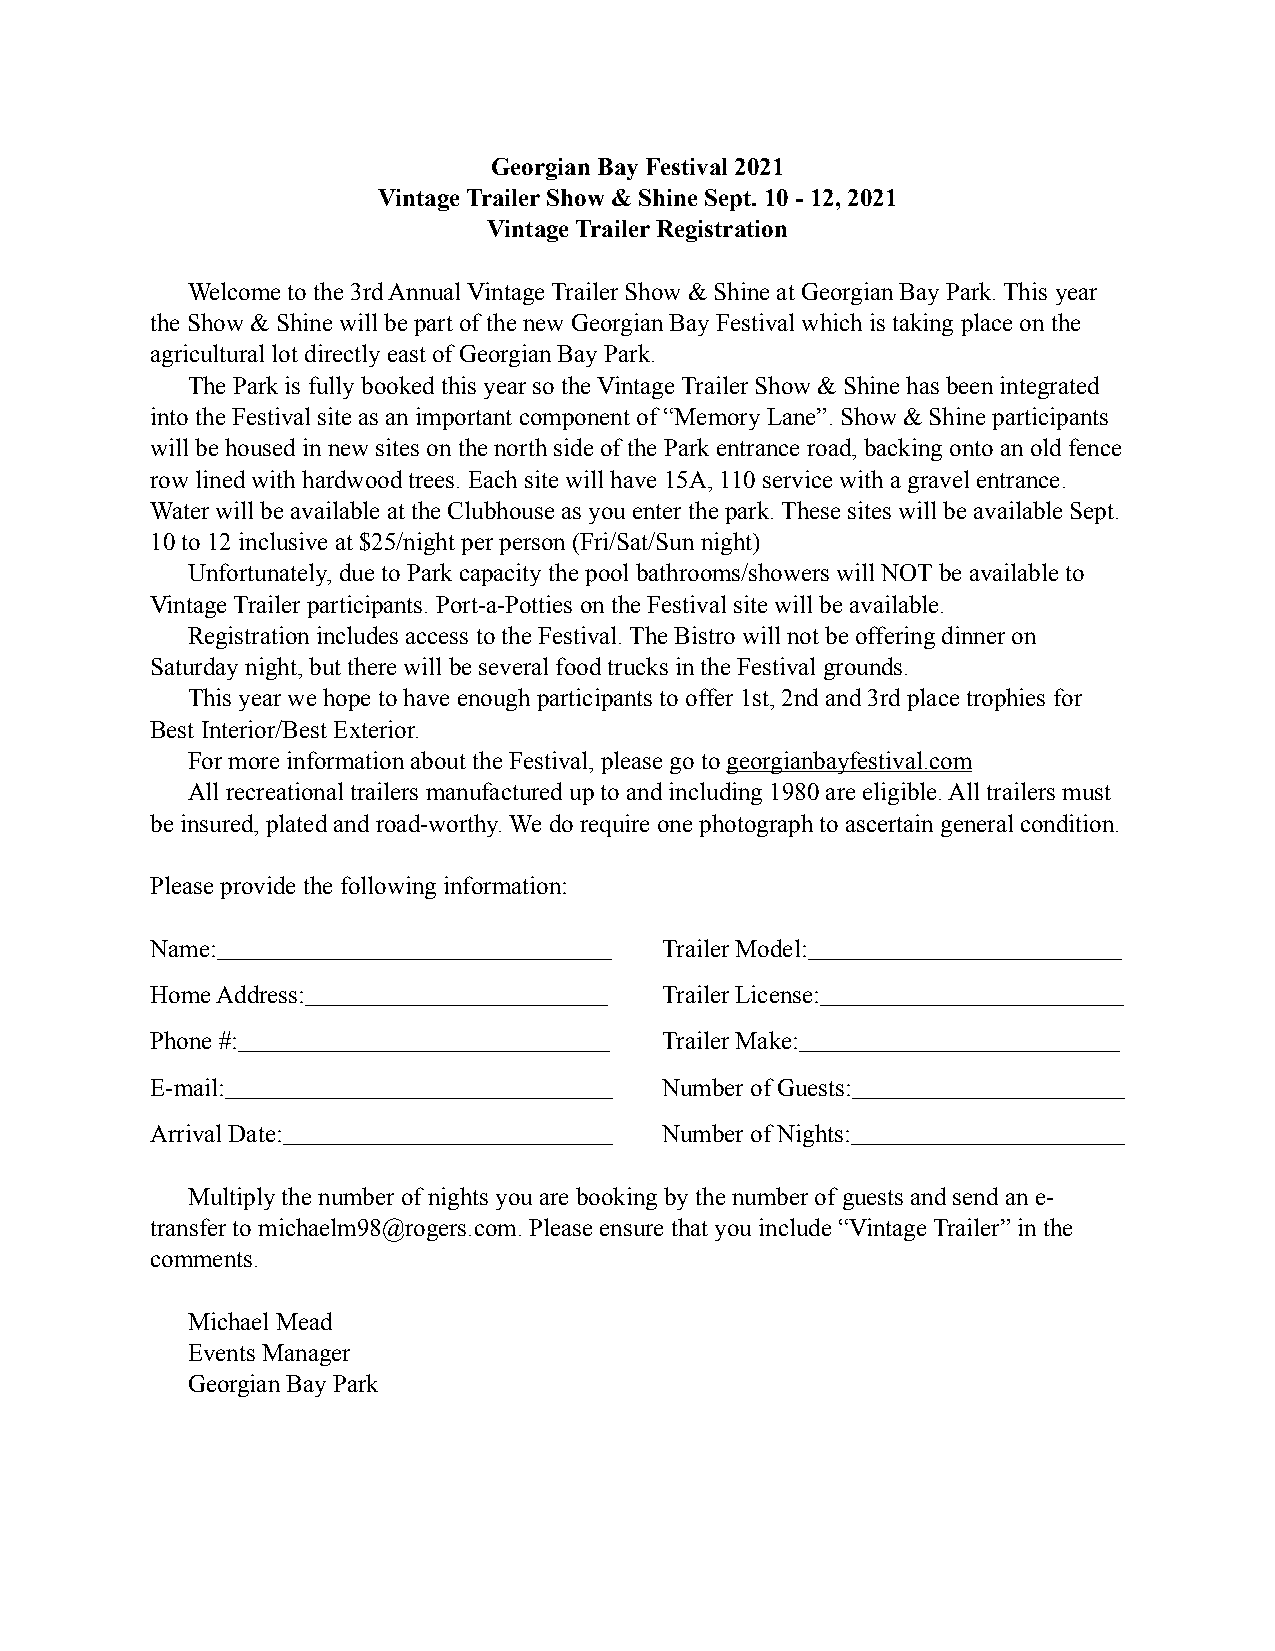
Georgian Bay Festival 2021
 Vintage Trailer Show & Shine Sept. 10 - 12, 2021
 Vintage Trailer Registration
 Welcome to the 3rd Annual Vintage Trailer Show & Shine at Georgian Bay Park. This year
 the Show & Shine will be part of the new Georgian Bay Festival which is taking place on the
 agricultural lot directly east of Georgian Bay Park.
 The Park is fully booked this year so the Vintage Trailer Show & Shine has been integrated
 into the Festival site as an important component of “Memory Lane”. Show & Shine participants
 will be housed in new sites on the north side of the Park entrance road, backing onto an old fence
 row lined with hardwood trees. Each site will have 15A, 110 service with a gravel entrance.
 Water will be available at the Clubhouse as you enter the park. These sites will be available Sept.
 10 to 12 inclusive at $25/night per person (Fri/Sat/Sun night)
 Unfortunately, due to Park capacity the pool bathrooms/showers will NOT be available to
 Vintage Trailer participants. Port-a-Potties on the Festival site will be available.
 Registration includes access to the Festival. The Bistro will not be offering dinner on
 Saturday night, but there will be several food trucks in the Festival grounds.
 This year we hope to have enough participants to offer 1st, 2nd and 3rd place trophies for
 Best Interior/Best Exterior.
 For more information about the Festival, please go to georgianbayfestival.com
 All recreational trailers manufactured up to and including 1980 are eligible. All trailers must
 be insured, plated and road-worthy. We do require one photograph to ascertain general condition.
 Please provide the following information:
 Name:                             Trailer Model:
 Home Address:                     Trailer License:
 Phone #:                          Trailer Make:
 E-mail:                           Number of Guests:
 Arrival Date:                     Number of Nights:
 Multiply the number of nights you are booking by the number of guests and send an e-
 transfer to michaelm98@rogers.com. Please ensure that you include “Vintage Trailer” in the
 comments.
 Michael Mead
 Events Manager
 Georgian Bay Park